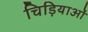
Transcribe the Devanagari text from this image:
चिड़ियाओं